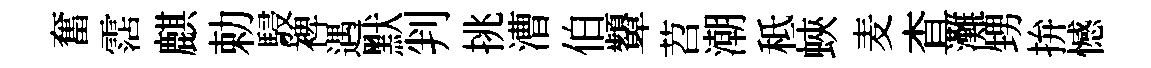
奮霑麒勅駸裨遇默判挑漕伯顰苕潮秪蛺麦查灘甥拚憾